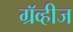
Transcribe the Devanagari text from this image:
ग्रॅव्हीज